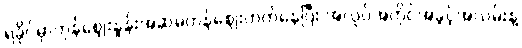
ရခိုင်မှာကုန်ဈေးနှုန်းအဆမတန်ဈေးတက်နေပြီး အလုပ်အကိုင်အခွင့်အလမ်းနဲ့